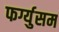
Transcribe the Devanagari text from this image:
फर्ग्युसम